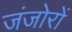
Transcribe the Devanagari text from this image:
जंजोरों